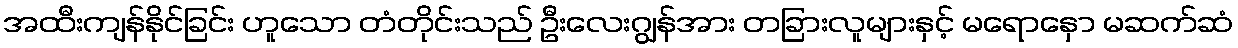
အထီးကျန်နိုင်ခြင်း ဟူသော တံတိုင်းသည် ဦးလေးဂျွန်အား တခြားလူများနှင့် မရောနှော မဆက်ဆံ